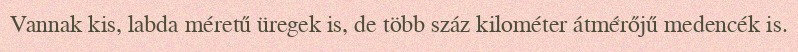
Vannak kis, labda méretű üregek is, de több száz kilométer átmérőjű medencék is.